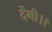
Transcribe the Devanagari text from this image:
देंगी।।